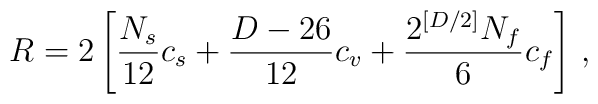
R=2\left[\frac{N_s}{12}c_s+\frac{D-26}{12}c_v+\frac{2^{[D/2]}N_f}{6}c_f\right]\,,